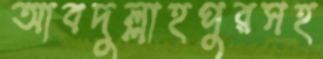
আবদুল্লাহপুরসহ